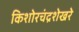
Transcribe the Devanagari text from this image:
किशोरचंद्रशेखरे